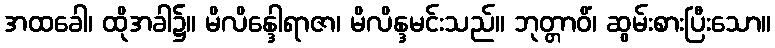
အထခေါ၊ ထိုအခါ၌။ မိလိန္ဒေါရာဇာ၊ မိလိန္ဒမင်းသည်။ ဘုတ္တာဝိံ၊ ဆွမ်းစားပြီးသော။